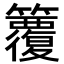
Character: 𥷱